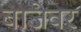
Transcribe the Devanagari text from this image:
बाजेवर